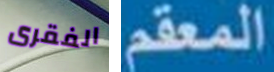
الفقرى المعقم